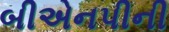
બીએનપીની